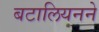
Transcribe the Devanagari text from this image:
बटालियनने